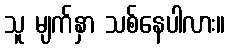
သူ မျက်နှာ သစ်နေပါလား။